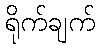
ရိုက်ချက်